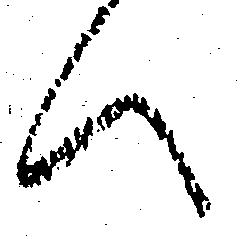
へ